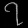
Digit: ၇